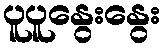
ပူပူနွေးနွေး